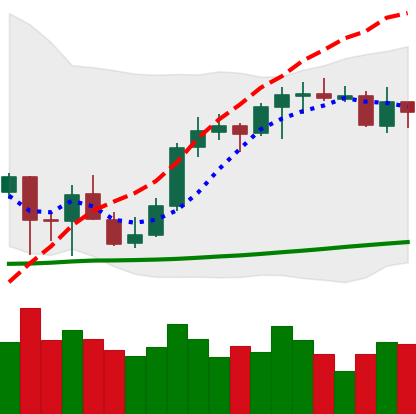
Ticker: ETH-USD
Chart end date: 2021-10-12
Forward return: 10.151%
Label: up_7plus